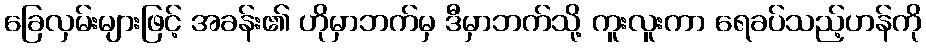
ခြေလှမ်းများဖြင့် အခန်း၏ ဟိုမှာဘက်မှ ဒီမှာဘက်သို့ ကူးလူးကာ ရေခပ်သည့်ဟန်ကို